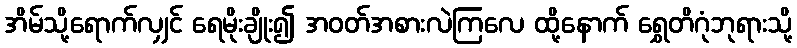
အိမ်သို့ရောက်လျှင် ရေမိုးချိုး၍ အဝတ်အစားလဲကြလေ ထို့နောက် ရွှေတိဂုံဘုရားသို့